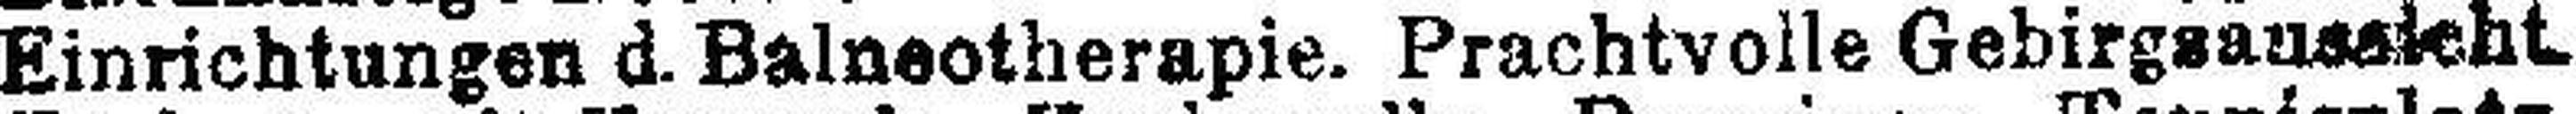
Einrichtungen d. Balneotherapie. Prachtvolle Gebirgaanssleht.